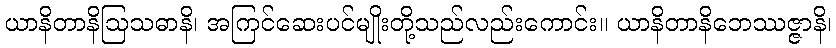
ယာနိတာနိဩသဓာနိ၊ အကြင်ဆေးပင်မျိုးတို့သည်လည်းကောင်း။ ယာနိတာနိဘေဿဇ္ဇာနိ၊